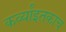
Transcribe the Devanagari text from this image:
कर्व्यांइतकाच